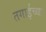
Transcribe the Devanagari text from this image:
तगाईच्या